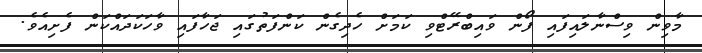
މާވިން ވިސްނާލައިފައި ފޯން ވައިބްރޭޓްވި ކަމަށް ހެދިގެން ކަންފަތުގައި ޖަހާފައި ވާހަކަދައްކަން ފެށިއެވެ.